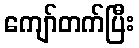
ကျော်တက်ပြီး